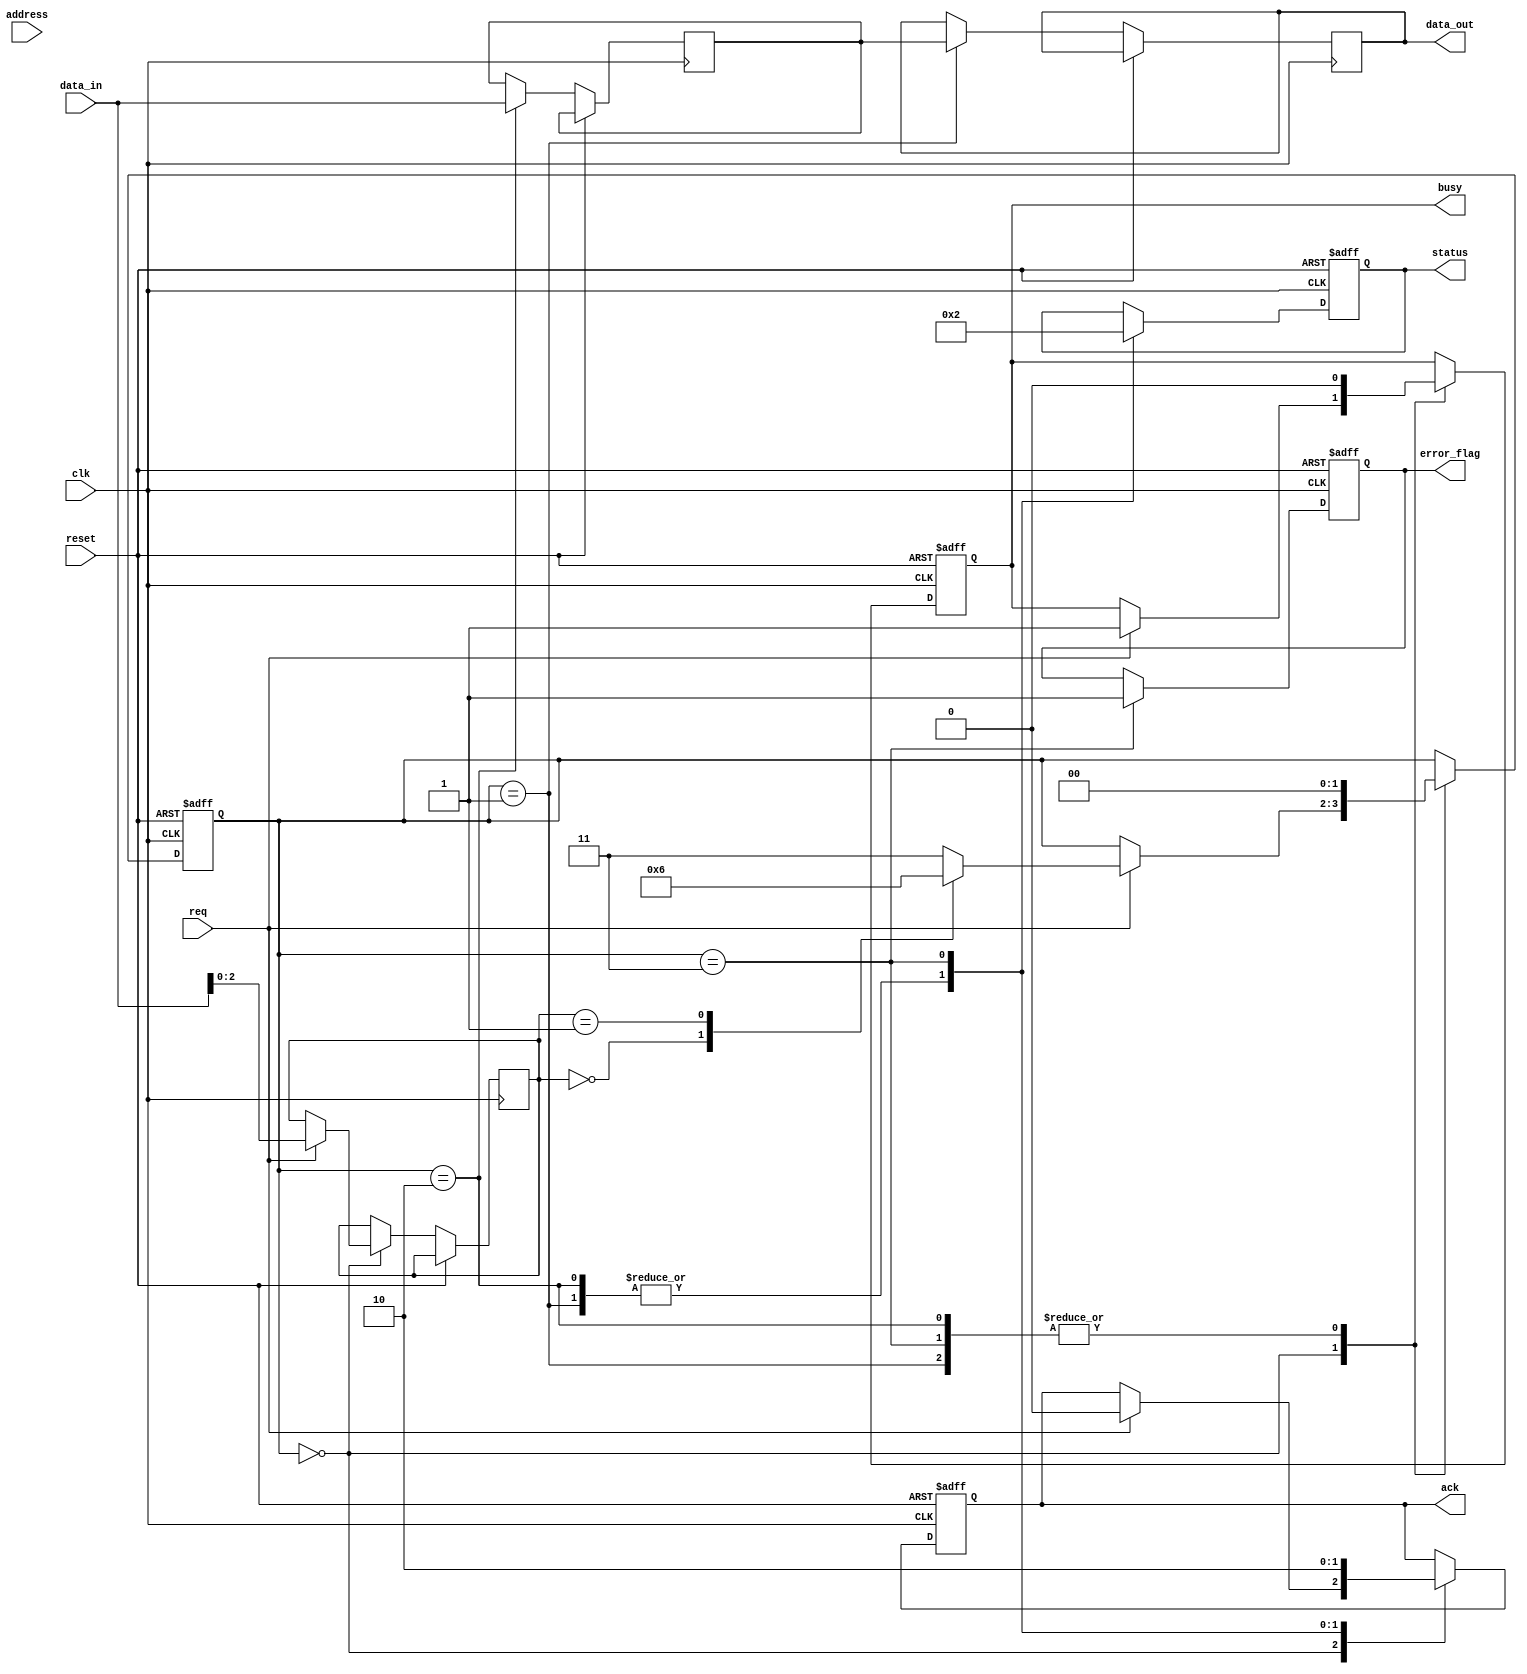
module SSD_IO_Block (
    input wire clk,               // Clock signal
    input wire reset,             // Reset signal
    input wire req,               // Request signal from host
    output reg ack,               // Acknowledge signal to host
    output reg busy,              // Busy signal
    output reg [31:0] data_out,   // Data output to host
    input wire [31:0] data_in,    // Data input from host
    input wire [15:0] address,     // Address bus
    output reg error_flag,        // Error status flag
    output reg [1:0] status       // Status register
);

    // Command register to hold command type
    reg [2:0] command;             // 3-bit command register (e.g., READ, WRITE, ERASE)
    reg [31:0] data_latch;         // Data latch for read/write operations
    reg [1:0] state;               // State machine for operation
    localparam IDLE       = 2'b00;
    localparam READ       = 2'b01;
    localparam WRITE      = 2'b10;
    localparam ERR        = 2'b11;

    // Status definitions
    localparam READY      = 2'b00;
    localparam BUSY       = 2'b01;
    localparam ERROR      = 2'b10;

    // Timing logic can be implemented here for timing control
    reg [3:0] cycle_count; // For timing control example

    always @(posedge clk or posedge reset) begin
        if (reset) begin
            ack <= 0;
            busy <= 0;
            error_flag <= 0;
            status <= READY;
            state <= IDLE;
            cycle_count <= 0;
        end else begin
            case (state)
                IDLE: begin
                    if (req) begin
                        busy <= 1;
                        ack <= 0; // Reset ack
                        // Example: Decode command from data_in (first 3 bits)
                        command <= data_in[2:0];
                        case (command)
                            3'b000: state <= READ;   // READ command
                            3'b001: state <= WRITE;  // WRITE command
                            default: state <= ERR;    // Error handling
                        endcase
                    end
                end
                READ: begin
                    // Implementation of READ operation
                    // Replace with actual data retrieval from NAND flash
                    data_out <= data_latch; // Output data
                    ack <= 1;                // Acknowledge the operation
                    status <= READY;         // Set status to READY
                    busy <= 0;               // Processing completed
                    state <= IDLE;           // Go back to IDLE
                end
                WRITE: begin
                    // Implementation of WRITE operation
                    // Store incoming data
                    data_latch <= data_in; // Capture incoming data
                    // Simulated write operation to NAND flash
                    // Example: if some condition fails, set error_flag
                    if (1'b0) begin // Replace with actual error condition
                        error_flag <= 1;
                        status <= ERROR;
                        state <= ERR;
                    end else begin
                        ack <= 1; // Acknowledge the operation
                        busy <= 0; // Processing completed
                        status <= READY;
                        state <= IDLE; // Go back to IDLE
                    end
                end
                ERR: begin
                    // Handle error state
                    error_flag <= 1; // Set error flag
                    status <= ERROR; // Update status
                    busy <= 0;       // Not busy anymore
                    ack <= 0;        // Reset ack
                    state <= IDLE;   // Go back to IDLE
                end
            endcase
        end
    end
endmodule